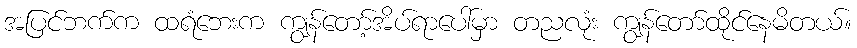
အပြင်ဘက်က ထရံဘေးက ကျွန်တော့်အိပ်ရာပေါ်မှာ တညလုံး ကျွန်တော်ထိုင်နေမိတယ်။